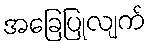
အခြေပြုလျက်